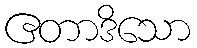
ဧတာဒိသော